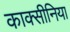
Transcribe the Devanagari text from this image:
काक्सीनिया